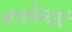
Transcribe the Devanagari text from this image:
चर्चासत्रातही